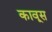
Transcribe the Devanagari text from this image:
कावूस